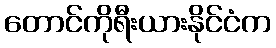
တောင်ကိုရီးယားနိုင်ငံက